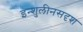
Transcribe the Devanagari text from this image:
इन्शुलीनसदृश